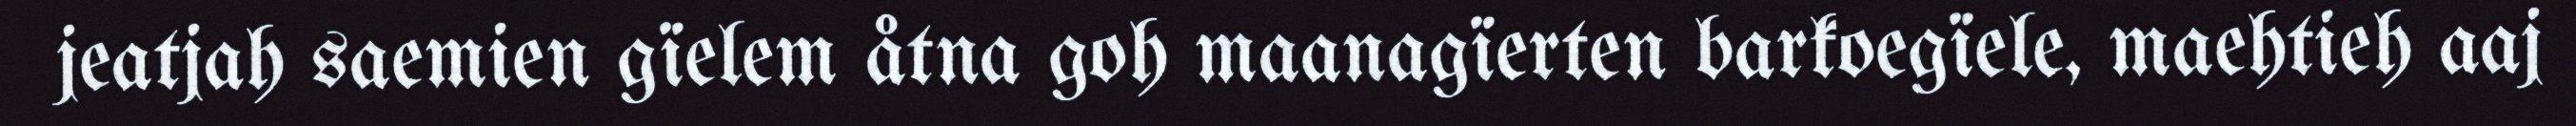
jeatjah saemien gïelem åtna goh maanagïerten barkoegïele, maehtieh aaj